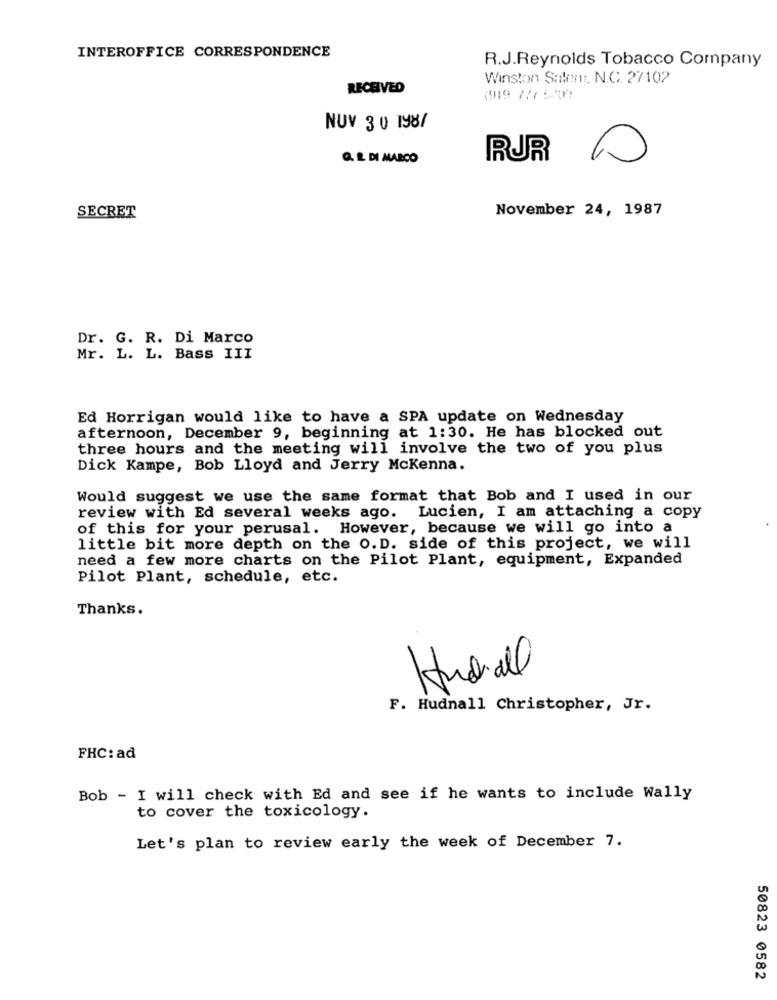
INTEROFFICE CORRESPONDENCE
R.J.Reynolds Tobacco Company
Winston Salen :. N.C. 27102
RECEIVED
1919 777 5X
NUV 3 0 198/
Q. E DI MARCO
RUR
November 24, 1987
SECRET
Dr. G. R. Di Marco
Mr. L. L. Bass III
Ed Horrigan would like to have a SPA update on Wednesday
afternoon, December 9, beginning at 1:30. He has blocked out
three hours and the meeting will involve the two of you plus
Dick Kampe, Bob Lloyd and Jerry Mckenna.
Would suggest we use the same format that Bob and I used in our
review with Ed several weeks ago. Lucien, I am attaching a copy
of this for your perusal. However, because we will go into a
little bit more depth on the O.D. side of this project, we will
need a few more charts on the Pilot Plant, equipment, Expanded
Pilot Plant, schedule, etc.
Thanks.
2
F. Hudnall Christopher, Jr.
FHC: ad
Bob - I will check with Ed and see if he wants to include Wally
to cover the toxicology.
Let's plan to review early the week of December 7.
50823 0582